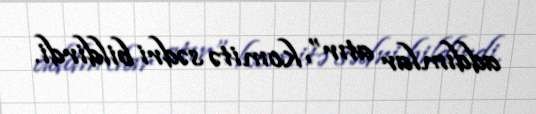
addımlar atır”, komitə sədri bildirdi.